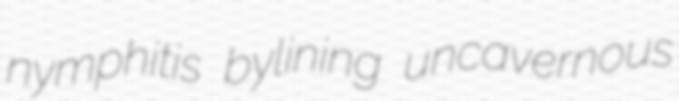
nymphitis bylining uncavernous